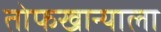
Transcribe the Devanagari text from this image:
तोफखान्याला